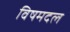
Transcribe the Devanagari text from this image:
विषमदल